Indian journal of veterinary science and animal husbandry - Volume 4,
Year: 1934
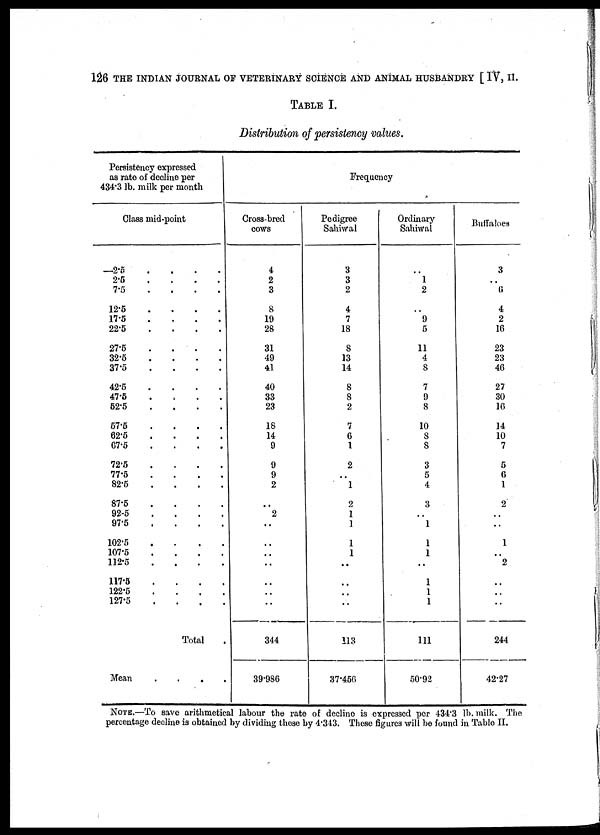
126 THE INDIAN JOURNAL OF VETERINARY SCIENCE AND ANIMAL HUSBANDRY [ IV, II.
TABLE I.
Distribution of persistency values.
Persistency expressed
as rate of decline per
434.3 lb. milk per month
Class mid-point
—2.5 ....
2.5 ....
7.5 ....
12.5 ....
17.5 ....
22.5 ....
27.5 ....
32.5 ....
37.5 ....
42.5 ....
47.5 ....
52.5 ....
57.5 ....
62.5 ....
67.5 ....
72.5 ....
77.5 ....
82.5 ....
87.5 ....
92.5 ....
97.5 ....
102.5 ....
107.5 ....
112.5 ....
117.5 ....
122.5 ....
127.5 ....
Total .
Mean ....
Cross-bred
cows
4
2
3
8
19
28
31
49
41
40
33
23
18
14
9
9
9
2
..
2
..
..
..
..
..
..
..
344
39.986
Frequency
Pedigree
Sahiwal
3
3
2
4
7
18
8
13
14
8
8
2
7
6
1
2
..
1
2
1
1
1
1
..
..
..
..
113
37.456
Ordinary
Sahiwal
..
l
2
..
9
5
11
4
8
7
9
8
10
8
8
3
5
4
3
..
1
1
1
..
1
1
1
111
50.92
Buffaloes
3
..
6
4
2
16
23
23
46
27
30
16
14
10
7
5
6
1
2
..
..
1
..
2
..
..
..
244
42.27
NOTE.—To save arithmetical labour the rate of decline is expressed per 434.3 lb. milk. The
percentage decline is obtained by dividing these by 4.343. These figures will be found in Table II.